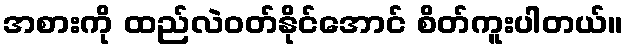
အစားကို ထည်လဲဝတ်နိုင်အောင် စိတ်ကူးပါတယ်။